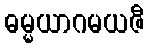
ဓမ္မယာဂမယဇီ